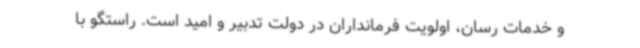
و خدمات رسان، اولویت فرمانداران در دولت تدبیر و امید است. راستگو با